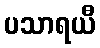
ပသာရယီ